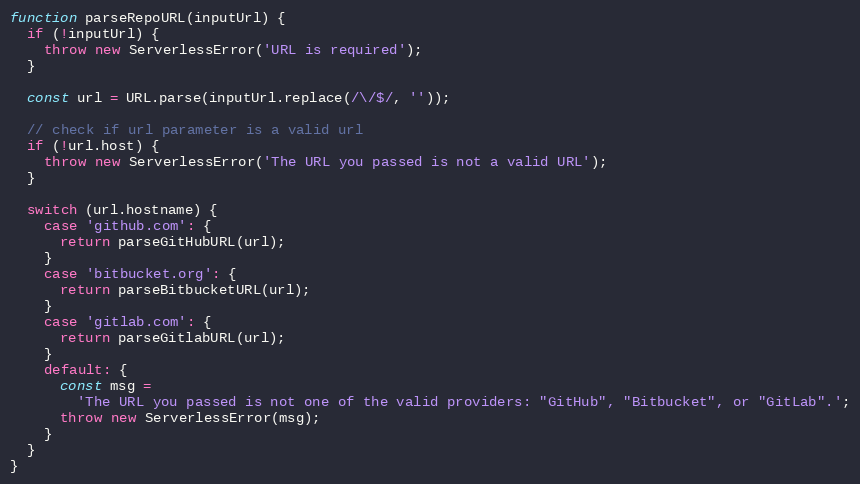
Language: JavaScript
function parseRepoURL(inputUrl) {
  if (!inputUrl) {
    throw new ServerlessError('URL is required');
  }

  const url = URL.parse(inputUrl.replace(/\/$/, ''));

  // check if url parameter is a valid url
  if (!url.host) {
    throw new ServerlessError('The URL you passed is not a valid URL');
  }

  switch (url.hostname) {
    case 'github.com': {
      return parseGitHubURL(url);
    }
    case 'bitbucket.org': {
      return parseBitbucketURL(url);
    }
    case 'gitlab.com': {
      return parseGitlabURL(url);
    }
    default: {
      const msg =
        'The URL you passed is not one of the valid providers: "GitHub", "Bitbucket", or "GitLab".';
      throw new ServerlessError(msg);
    }
  }
}